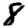
Digit: 8